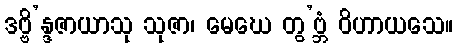
ဒဗ္ဗိ’န္ဒဇာယာသု သုဇာ၊ မေဃေ တွ’ဗ္ဘံ ဝိဟာယသေ။